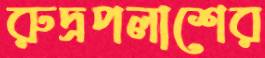
রুদ্রপলাশের